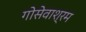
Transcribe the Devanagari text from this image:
गोसेवाश्रम